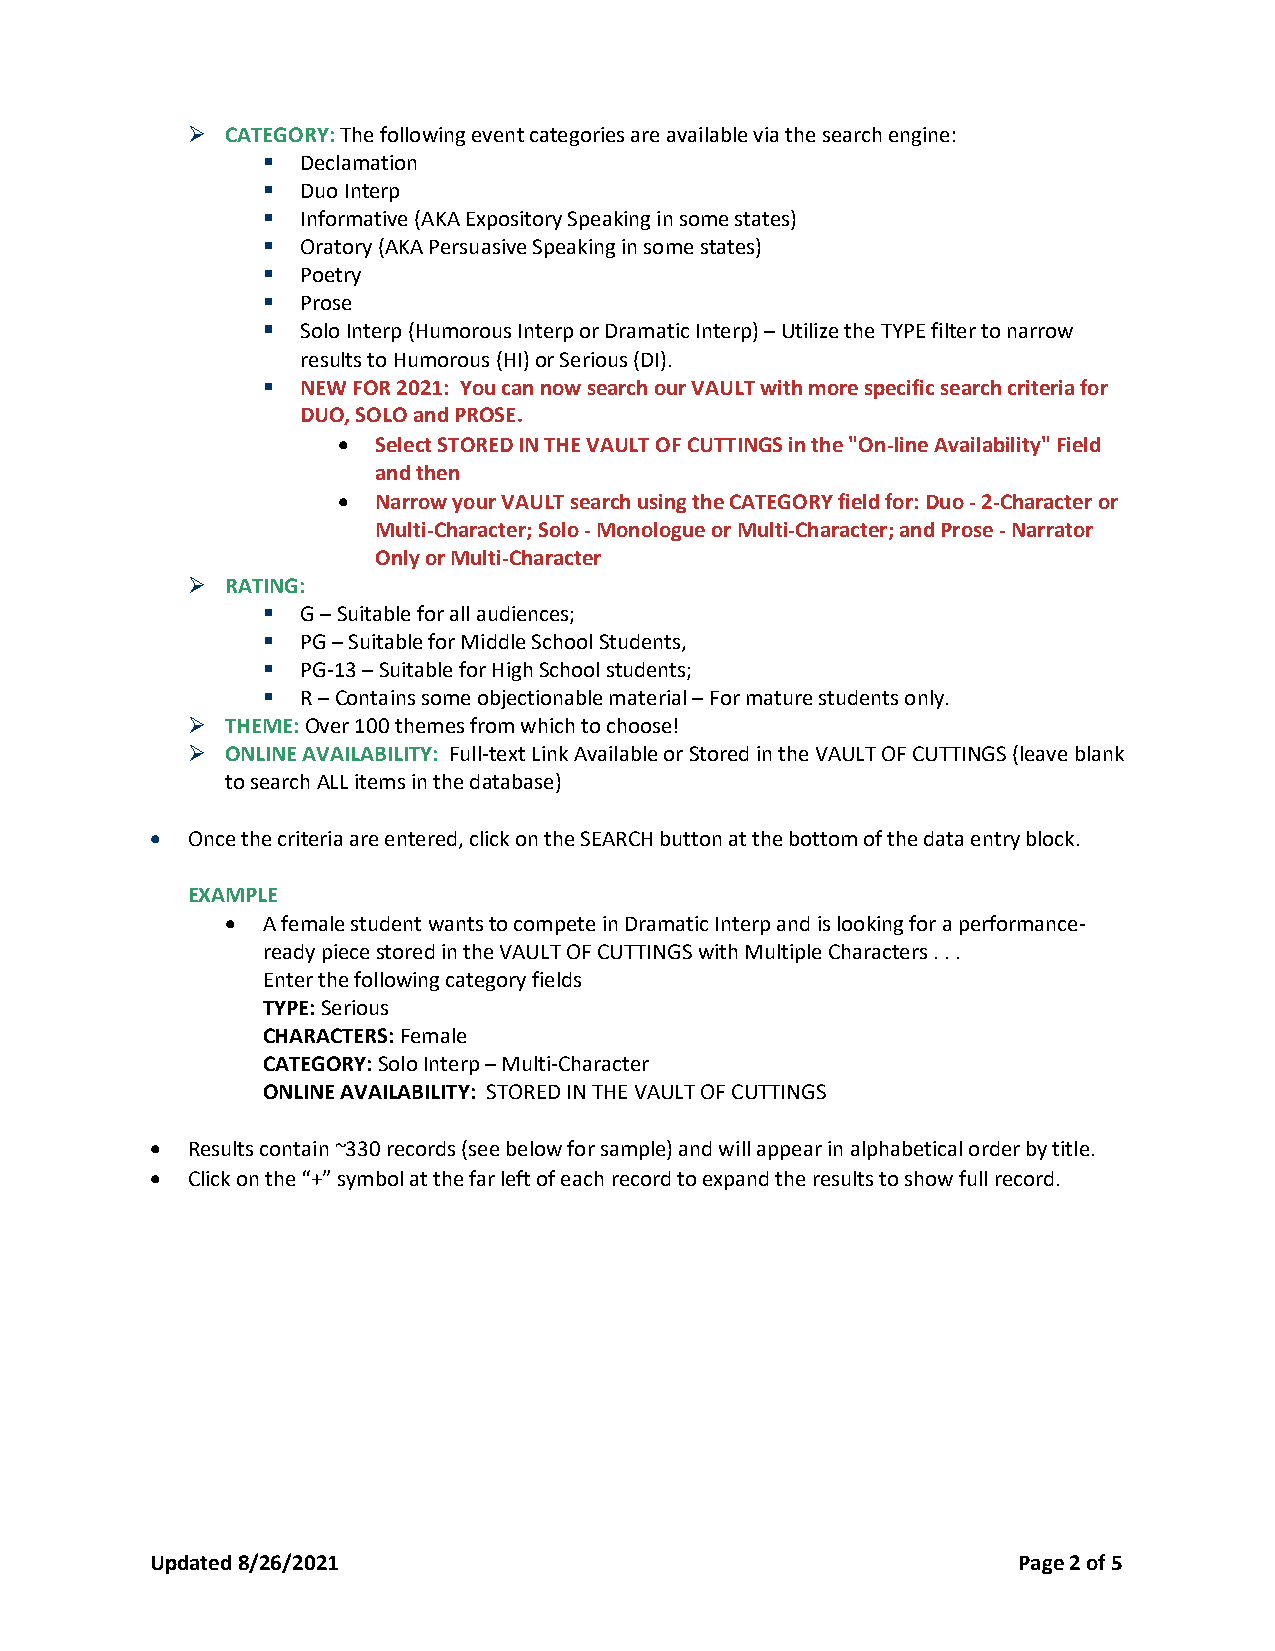
➢  CATEGORY: The following event categories are available via the search engine:
 ▪  Declamation
 ▪  Duo Interp
 ▪  Informative (AKA Expository Speaking in some states)
 ▪  Oratory (AKA Persuasive Speaking in some states)
 ▪  Poetry
 ▪  Prose
 ▪  Solo Interp (Humorous Interp or Dramatic Interp) – Utilize the TYPE filter to narrow
 results to Humorous (HI) or Serious (DI).
 ▪  NEW FOR 2021: You can now search our VAULT with more specific search criteria for
 DUO, SOLO and PROSE.
 •  Select STORED IN THE VAULT OF CUTTINGS in the "On-line Availability" Field
 and then
 •  Narrow your VAULT search using the CATEGORY field for: Duo - 2-Character or
 Multi-Character; Solo - Monologue or Multi-Character; and Prose - Narrator
 Only or Multi-Character
 ➢  RATING:
 ▪  G – Suitable for all audiences;
 ▪  PG – Suitable for Middle School Students,
 ▪  PG-13 – Suitable for High School students;
 ▪  R – Contains some objectionable material – For mature students only.
 ➢  THEME: Over 100 themes from which to choose!
 ➢  ONLINE AVAILABILITY: Full-text Link Available or Stored in the VAULT OF CUTTINGS (leave blank
 to search ALL items in the database)
 • Once the criteria are entered, click on the SEARCH button at the bottom of the data entry block.
 EXAMPLE
 • A female student wants to compete in Dramatic Interp and is looking for a performance-
 ready piece stored in the VAULT OF CUTTINGS with Multiple Characters . . .
 Enter the following category fields
 TYPE: Serious
 CHARACTERS: Female
 CATEGORY: Solo Interp – Multi-Character
 ONLINE AVAILABILITY: STORED IN THE VAULT OF CUTTINGS
 • Results contain ~330 records (see below for sample) and will appear in alphabetical order by title.
 • Click on the “+” symbol at the far left of each record to expand the results to show full record.
 Updated 8/26/2021                                        Page 2 of 5